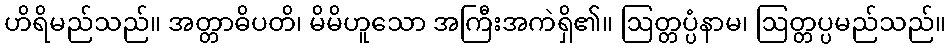
ဟိရိမည်သည်။ အတ္တာဓိပတိ၊ မိမိဟူသော အကြီးအကဲရှိ၏။ ဩတ္တပ္ပံနာမ၊ ဩတ္တပ္ပမည်သည်။